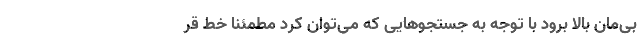
بی‌مان بالا برود با توجه به جستجوهایی که می‌توان کرد مطمئنا خط قر